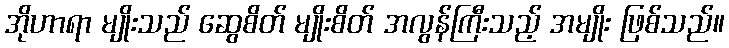
အိုဟာရာ မျိုးသည် ဆွေစိတ် မျိုးစိတ် အလွန်ကြီးသည့် အမျိုး ဖြစ်သည်။